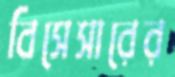
বিসেসারের